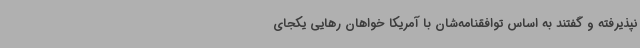
نپذیرفته و گفتند به اساس توافقنامه‌شان با آمریکا خواهان رهایی یکجای